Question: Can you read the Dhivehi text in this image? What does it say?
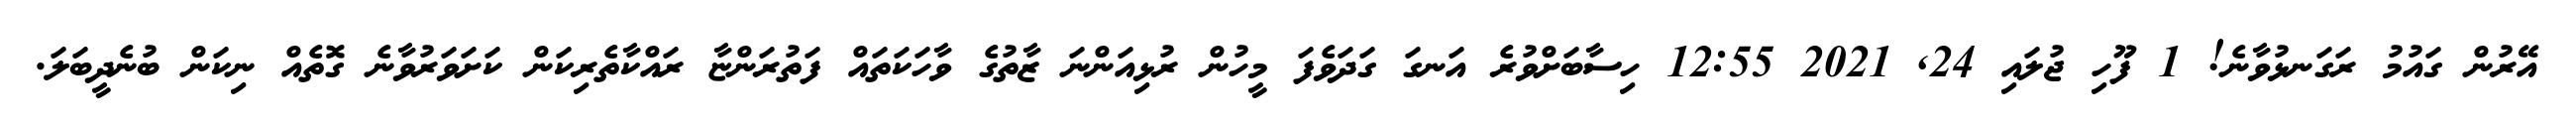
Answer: އޭރުން ގައުމު ރަގަނޅުވާނެ! 1 ފޫހި ޖުލައި 24, 2021 12:55 ހިސާބަށްވުރެ އަނގަ ގަދަވެފަ މީހުން ރުޅިއަންނަ ޒާތުގެ ވާހަކަތައް ފަތުރަންޏާ ރައްކާތެރިކަން ކަށަވަރުވާނެ ގޮތެއް ނިކަން ބުނެދީބަލަ.